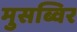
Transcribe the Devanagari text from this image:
मुसब्विर